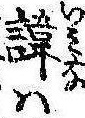
諱は